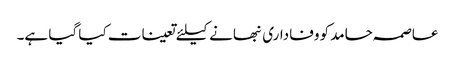
عاصمہ حامد کو وفاداری نبھانے کیلئے تعینات کیا گیا ہے۔